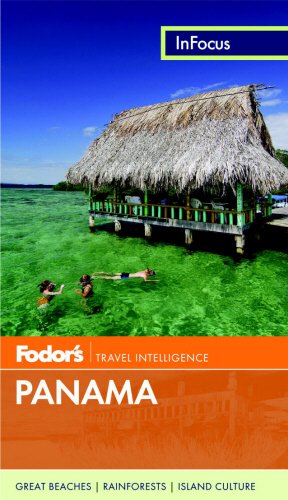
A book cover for Fodor's In Focus Panama (Travel Guide); Fodor's; Travel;